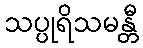
သပ္ပုရိသမန္တီ